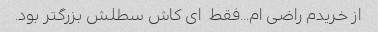
از خریدم راضی ام...فقط  ای کاش سطلش بزرگتر بود.